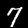
Label: 7